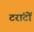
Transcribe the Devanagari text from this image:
टरांटों